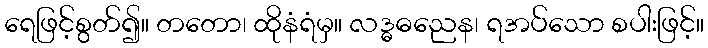
ရေဖြင့်စွတ်၍။ တတော၊ ထိုနံရံမှ။ လဒ္ဓဓညေန၊ ရအပ်သော စပါးဖြင့်။